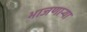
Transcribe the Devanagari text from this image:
भाजणाऱ्या